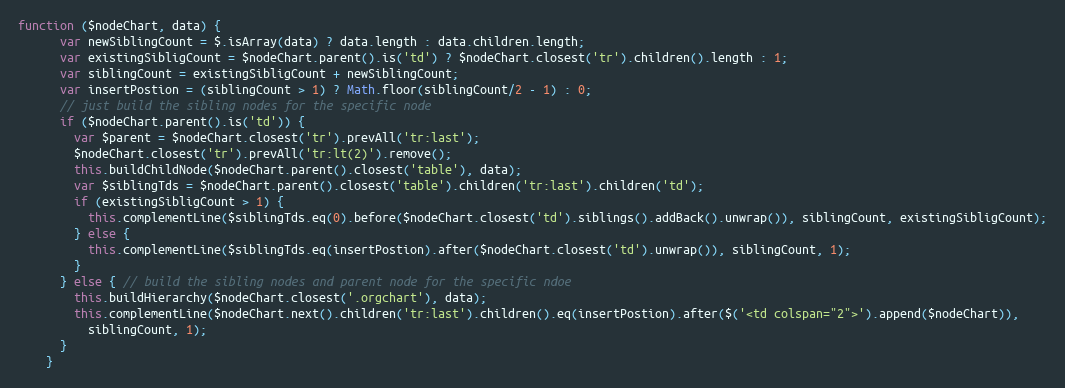
Language: JavaScript
function ($nodeChart, data) {
      var newSiblingCount = $.isArray(data) ? data.length : data.children.length;
      var existingSibligCount = $nodeChart.parent().is('td') ? $nodeChart.closest('tr').children().length : 1;
      var siblingCount = existingSibligCount + newSiblingCount;
      var insertPostion = (siblingCount > 1) ? Math.floor(siblingCount/2 - 1) : 0;
      // just build the sibling nodes for the specific node
      if ($nodeChart.parent().is('td')) {
        var $parent = $nodeChart.closest('tr').prevAll('tr:last');
        $nodeChart.closest('tr').prevAll('tr:lt(2)').remove();
        this.buildChildNode($nodeChart.parent().closest('table'), data);
        var $siblingTds = $nodeChart.parent().closest('table').children('tr:last').children('td');
        if (existingSibligCount > 1) {
          this.complementLine($siblingTds.eq(0).before($nodeChart.closest('td').siblings().addBack().unwrap()), siblingCount, existingSibligCount);
        } else {
          this.complementLine($siblingTds.eq(insertPostion).after($nodeChart.closest('td').unwrap()), siblingCount, 1);
        }
      } else { // build the sibling nodes and parent node for the specific ndoe
        this.buildHierarchy($nodeChart.closest('.orgchart'), data);
        this.complementLine($nodeChart.next().children('tr:last').children().eq(insertPostion).after($('<td colspan="2">').append($nodeChart)),
          siblingCount, 1);
      }
    }